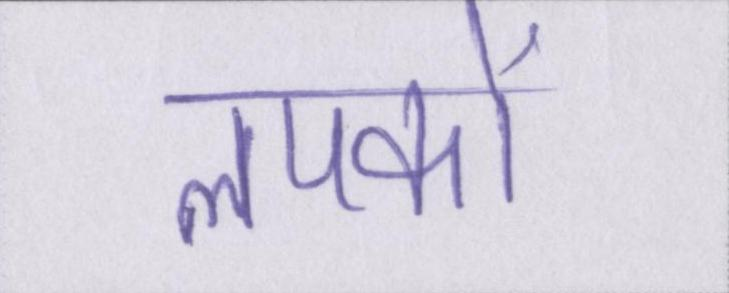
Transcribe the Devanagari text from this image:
लपकाें